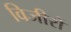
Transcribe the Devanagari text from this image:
विजीरों